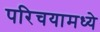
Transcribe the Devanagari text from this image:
परिचयामध्ये